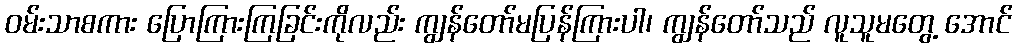
ဝမ်းသာစကား ပြောကြားကြခြင်းကိုလည်း ကျွန်တော်မပြန်ကြားပါ၊ ကျွန်တော်သည် လူသူမတွေ့ အောင်